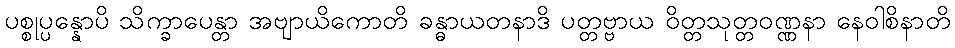
ပစ္စုပ္ပန္နောပိ သိက္ခာပေန္တာ အဗျာယိကောတိ ခန္ဓာယတနာဒိ ပတ္တဗ္ဗာယ ဝိတ္တသုတ္တဝဏ္ဏနာ နေဝါစိနာတိ